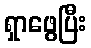
ရှာဖွေပြီး